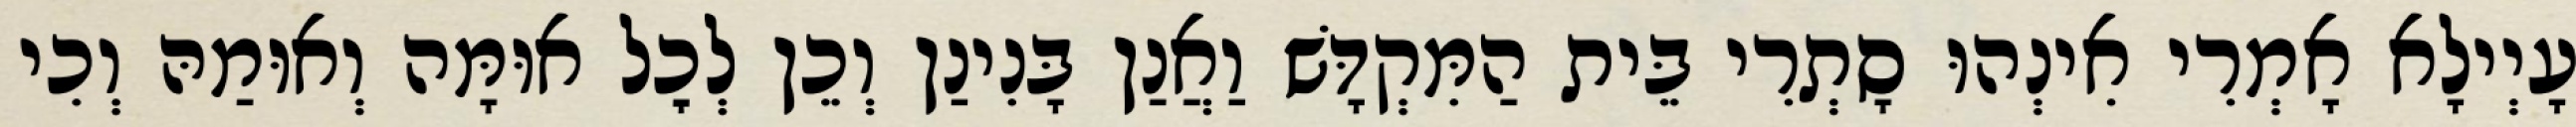
עָיְילָא אָמְרִי אִינְהוּ סָתְרִי בֵּית הַמִּקְדָּשׁ וַאֲנַן בָּנִינַן וְכֵן לְכׇל אוּמָּה וְאוּמַהּ וְכִי